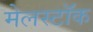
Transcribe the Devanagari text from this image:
मेलस्टॉक